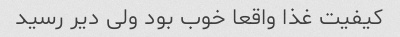
کیفیت غذا واقعا خوب بود ولی دیر رسید